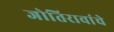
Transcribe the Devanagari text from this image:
जोतिरावांचे